Report of the Municipal Commissioner on the plague in Bombay for the year ending 31st May... - Volume 1
Disease focus: Plague
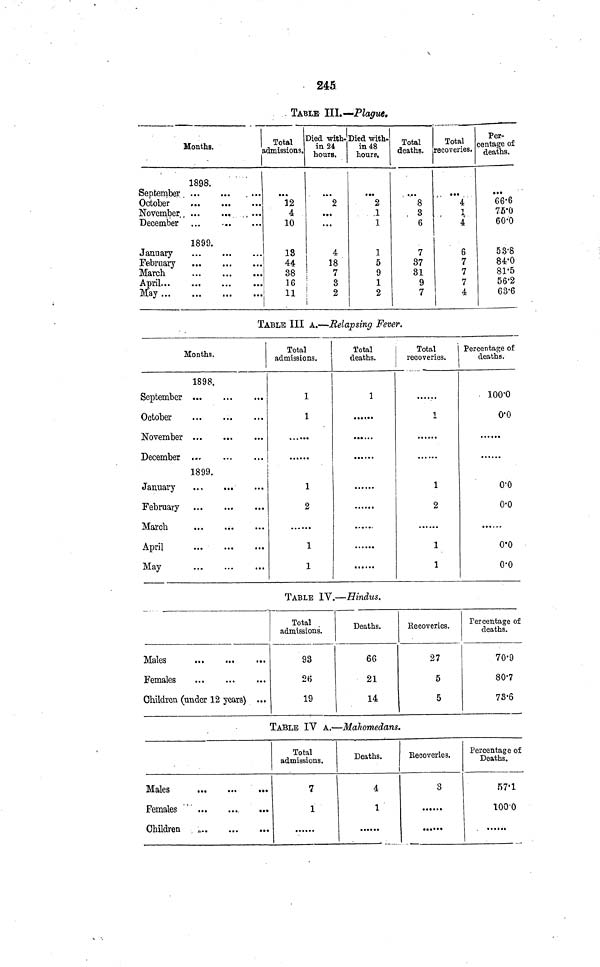
245
TABLE III.—Plague.
Months.
1898.
September
October
November
December
1899,
January
February
March
May
Total
admissions.
12
4
10
18
44
38
16
11
Died with-
in 21
hours.
2
4
18
7
3
2
Died with-
in 48
hours.
2
1
1
1
5
9
1
2
Total
deaths.
8
3
6
7
37
31
9
7
Total
recoveries.
4
4
6
7
7
7
4
Per-
centage of
deaths.
66·6
75·0
60·0
53·8
84·0
81·5
56·2
63·6
TABLE III A.—Relapsing Fever.
Months,
1898,
September
October
November
December
1899.
January
February
March
April
May
Total
admissions.
1
1
1
2
1
1
Total
deaths.
1
Total
recoveries.
1
1
2
1
1
Percentage of
deaths.
100·0
0·0
0·0
0·0
0·0
0·0
TABLE IV.—Hindus.
Males
Females
Children (under 12
years)
Total
admissions.
93
26
19
Deaths.
66
21
14
Recoveries.
27
5
5
Percentage of
deaths.
70·9
80·7
73·6
TABLE IV A.—Mahomedans.
Males
Females
Children
Total
admissions.
7
1
Deaths.
4
1
Recoveries.
3
Percentage of
Deaths.
57·1
100·0